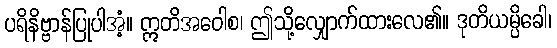
ပရိနိဗ္ဗာန်ပြုပါအံ့။ ဣတိအဝေါစ၊ ဤသို့လျှောက်ထားလေ၏။ ဒုတိယမ္ပိခေါ၊